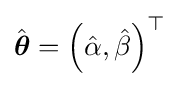
{\hat {\boldsymbol {\theta }}}=\left({\hat {\alpha }},{\hat {\beta }}\right)^{\top }